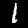
Label: 1